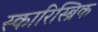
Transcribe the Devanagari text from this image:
स्कारिस्ब्रिक